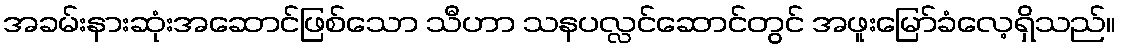
အခမ်းနားဆုံးအဆောင်ဖြစ်သော သီဟာ သနပလ္လင်ဆောင်တွင် အဖူးမြော်ခံလေ့ရှိသည်။